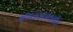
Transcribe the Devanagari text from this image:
मथळ्याजवळील